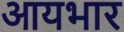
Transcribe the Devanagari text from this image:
आयभार